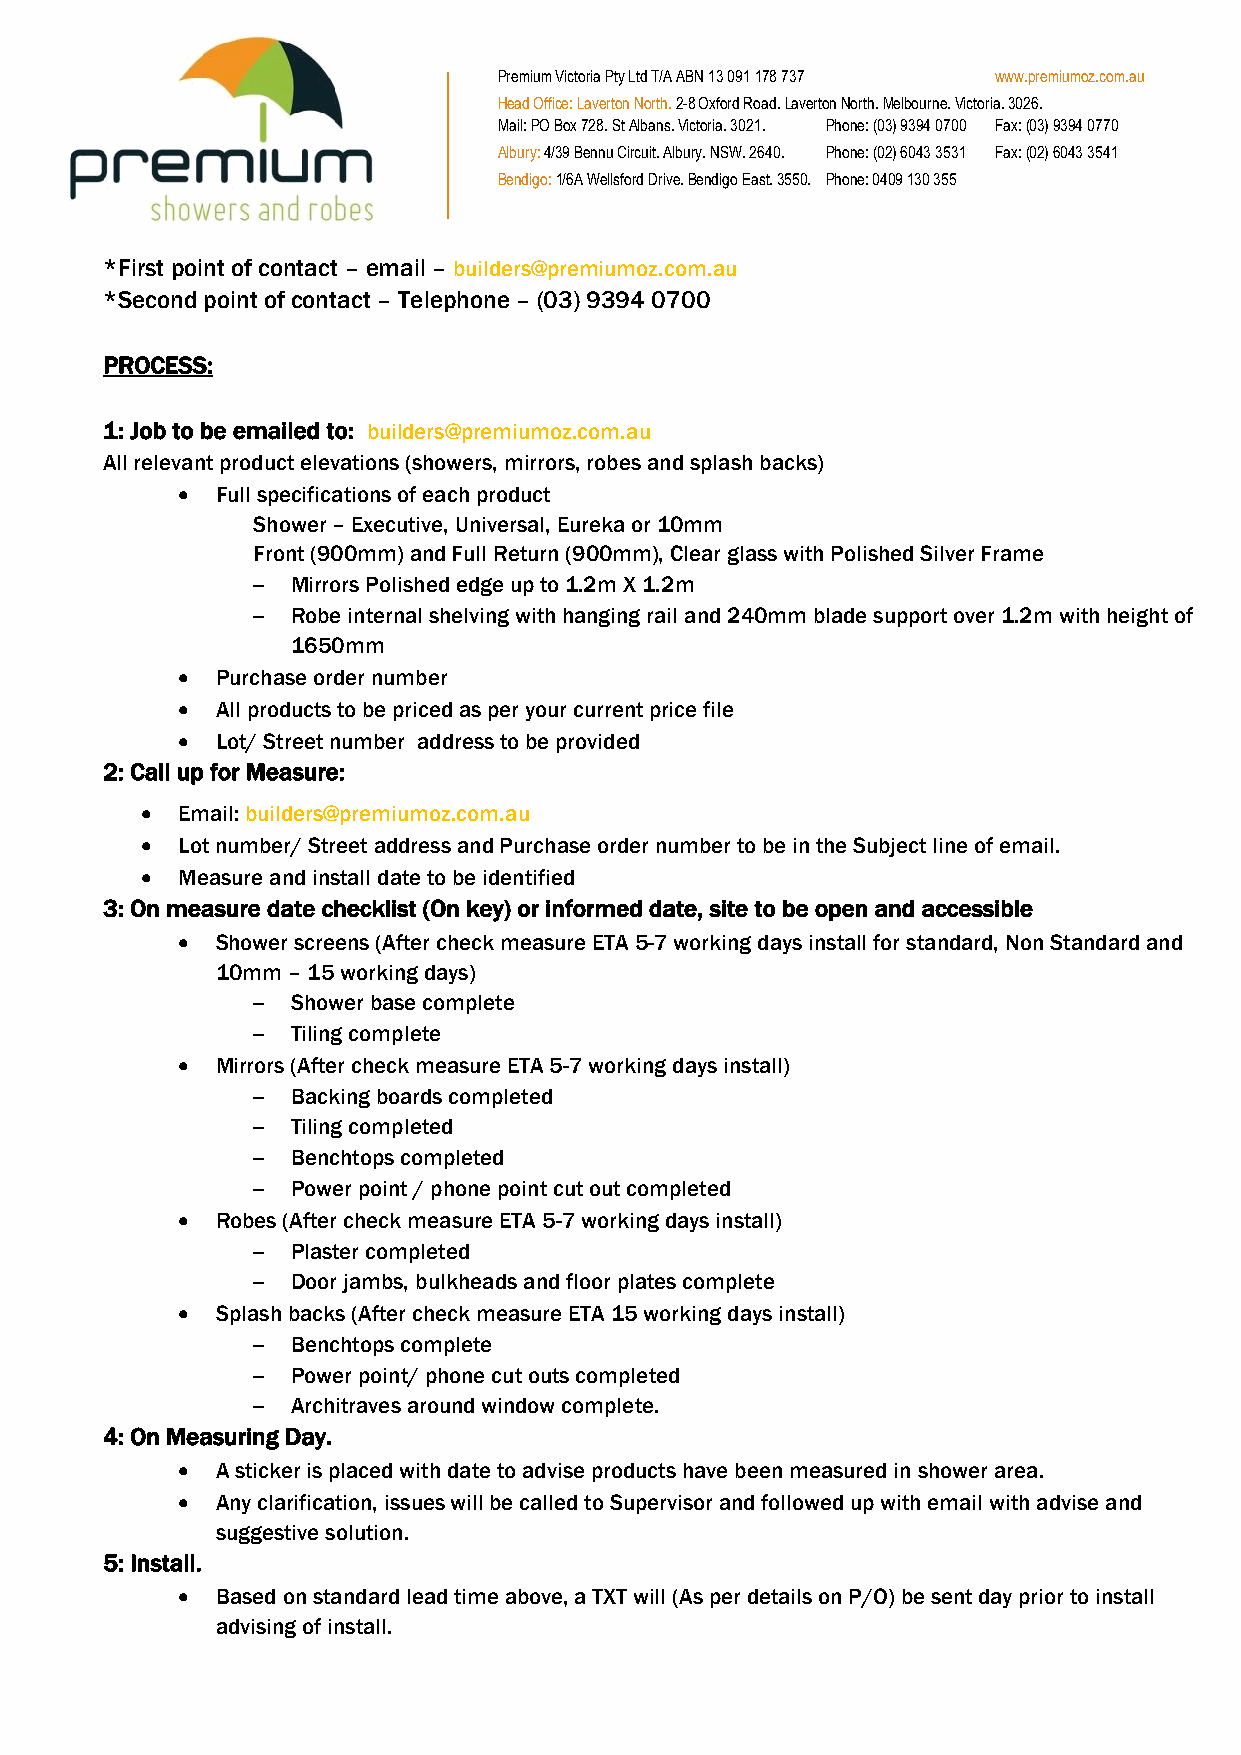
Premium Victoria Pty Ltd T/A ABN 13 091 178 737 www.premiumoz.com.au
 Head Office: Laverton North. 2-8 Oxford Road. Laverton North. Melbourne. Victoria. 3026.
 Mail: PO Box 728. St Albans. Victoria. 3021. Phone: (03) 9394 0700 Fax: (03) 9394 0770
 Albury: 4/39 Bennu Circuit. Albury. NSW. 2640. Phone: (02) 6043 3531 Fax: (02) 6043 3541
 Bendigo: 1/6A Wellsford Drive. Bendigo East. 3550. Phone: 0409 130 355
 *First point of contact – email – builders@premiumoz.com.au
 *Second point of contact – Telephone – (03) 9394 0700
 PROCESS:
 1: Job to be emailed to: builders@premiumoz.com.au
 All relevant product elevations (showers, mirrors, robes and splash backs)
  Full specifications of each product
 Shower – Executive, Universal, Eureka or 10mm
 Front (900mm) and Full Return (900mm), Clear glass with Polished Silver Frame
 – Mirrors Polished edge up to 1.2m X 1.2m
 – Robe internal shelving with hanging rail and 240mm blade support over 1.2m with height of
 1650mm
  Purchase order number
  All products to be priced as per your current price file
  Lot/ Street number address to be provided
 2: Call up for Measure:
   Email: builders@premiumoz.com.au
   Lot number/ Street address and Purchase order number to be in the Subject line of email.
   Measure and install date to be identified
 3: On measure date checklist (On key) or informed date, site to be open and accessible
  Shower screens (After check measure ETA 5-7 working days install for standard, Non Standard and
 10mm – 15 working days)
 – Shower base complete
 – Tiling complete
  Mirrors (After check measure ETA 5-7 working days install)
 – Backing boards completed
 – Tiling completed
 – Benchtops completed
 – Power point / phone point cut out completed
  Robes (After check measure ETA 5-7 working days install)
 – Plaster completed
 – Door jambs, bulkheads and floor plates complete
  Splash backs (After check measure ETA 15 working days install)
 – Benchtops complete
 – Power point/ phone cut outs completed
 – Architraves around window complete.
 4: On Measuring Day.
  A sticker is placed with date to advise products have been measured in shower area.
  Any clarification, issues will be called to Supervisor and followed up with email with advise and
 suggestive solution.
 5: Install.
  Based on standard lead time above, a TXT will (As per details on P/O) be sent day prior to install
 advising of install.